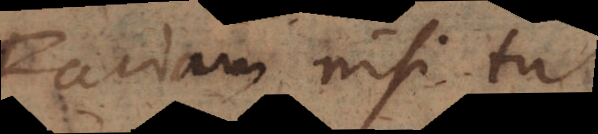
Faciam nisi tu